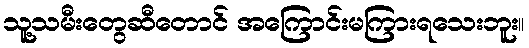
သူ့သမီးတွေဆီတောင် အကြောင်းမကြားရသေးဘူး။